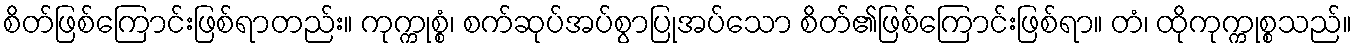
စိတ်ဖြစ်ကြောင်းဖြစ်ရာတည်း။ ကုက္ကုစ္စံ၊ စက်ဆုပ်အပ်စွာပြုအပ်သော စိတ်၏ဖြစ်ကြောင်းဖြစ်ရာ။ တံ၊ ထိုကုက္ကုစ္စသည်။